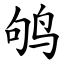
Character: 鸲